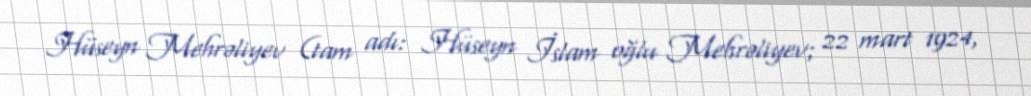
Hüseyn Mehrəliyev (tam adı: Hüseyn İslam oğlu Mehrəliyev; 22 mart 1924,